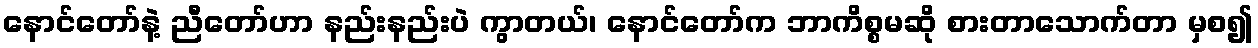
နောင်တော်နဲ့ ညီတော်ဟာ နည်းနည်းပဲ ကွာတယ်၊ နောင်တော်က ဘာကိစ္စမဆို စားတာသောက်တာ မှစ၍